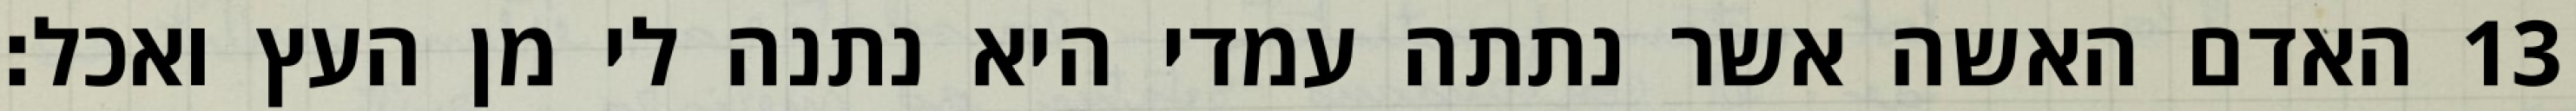
האדם האשה אשר נתתה עמדי היא נתנה לי מן העץ ואכל׃ ‎13‏